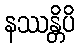
နဿန္တိပိ